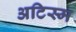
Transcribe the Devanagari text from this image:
अटिस्म